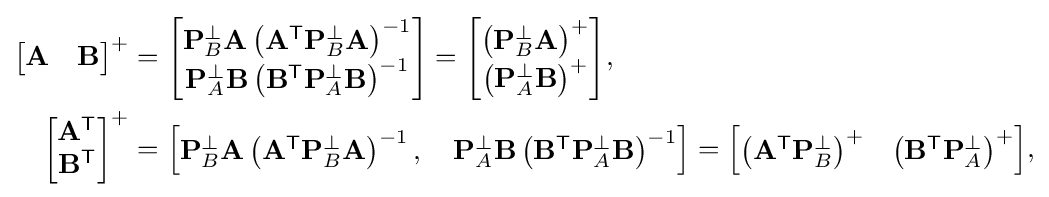
{\begin{aligned}{\begin{bmatrix}\mathbf {A} &\mathbf {B} \end{bmatrix}}^{+}&={\begin{bmatrix}\mathbf {P} _{B}^{\perp }\mathbf {A} \left(\mathbf {A} ^{\textsf {T}}\mathbf {P} _{B}^{\perp }\mathbf {A} \right)^{-1}\\\mathbf {P} _{A}^{\perp }\mathbf {B} \left(\mathbf {B} ^{\textsf {T}}\mathbf {P} _{A}^{\perp }\mathbf {B} \right)^{-1}\end{bmatrix}}={\begin{bmatrix}\left(\mathbf {P} _{B}^{\perp }\mathbf {A} \right)^{+}\\\left(\mathbf {P} _{A}^{\perp }\mathbf {B} \right)^{+}\end{bmatrix}},\\{\begin{bmatrix}\mathbf {A} ^{\textsf {T}}\\\mathbf {B} ^{\textsf {T}}\end{bmatrix}}^{+}&={\begin{bmatrix}\mathbf {P} _{B}^{\perp }\mathbf {A} \left(\mathbf {A} ^{\textsf {T}}\mathbf {P} _{B}^{\perp }\mathbf {A} \right)^{-1},\quad \mathbf {P} _{A}^{\perp }\mathbf {B} \left(\mathbf {B} ^{\textsf {T}}\mathbf {P} _{A}^{\perp }\mathbf {B} \right)^{-1}\end{bmatrix}}={\begin{bmatrix}\left(\mathbf {A} ^{\textsf {T}}\mathbf {P} _{B}^{\perp }\right)^{+}&\left(\mathbf {B} ^{\textsf {T}}\mathbf {P} _{A}^{\perp }\right)^{+}\end{bmatrix}},\end{aligned}}